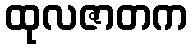
ထုလဇာတက